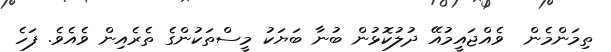
ތިމަންމެން  ވެއްޖައީމުއޭ ދުލުކޮޅުން ބުނާ ބަޔަކު މީސްތަކުންގެ ތެރެއިން ވެއެވެ. ފަހެ